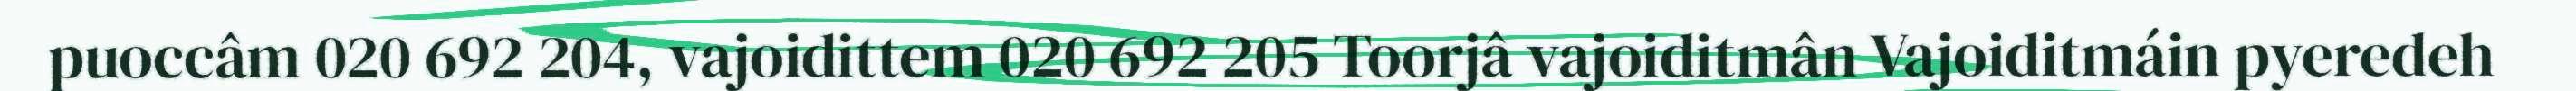
puoccâm 020 692 204, vajoidittem 020 692 205 Toorjâ vajoiditmân Vajoiditmáin pyeredeh